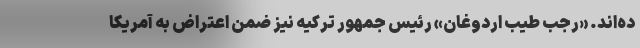
ده‌اند. «رجب طیب اردوغان» رئیس جمهور ترکیه نیز ضمن اعتراض به آمریکا